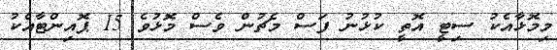
މިމޮޅާއެކު ސިޓީ އޮތީ ކުޅުނު ފަސް މެޗުން ވެސް މޮޅުވެ 15 ޕޮއިންޓާއެކު